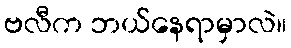
ဗလီက ဘယ်နေရာမှာလဲ။